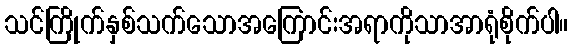
သင်ကြိုက်နှစ်သက်သောအကြောင်းအရာကိုသာအာရုံစိုက်ပါ။